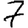
Digit: 7